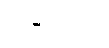
သုခိတတ္တာ